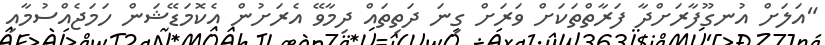
"އަލަށް އުނގޫފާރަށްދާ ފަރާތްތަކަށް ވަރަށް ގިނަ ދަތިތައް ދިމާވޭ އެރަށުން އެކޮމަޑޭޝަން ހަމަޖެއްސުމާއި